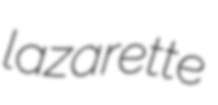
lazarette